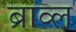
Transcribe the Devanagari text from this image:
ब्राव्ल